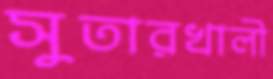
সুতারখালী